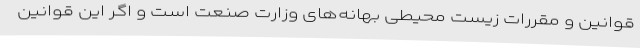
قوانین و مقررات زیست محیطی بهانه‌های وزارت صنعت است و اگر این قوانین